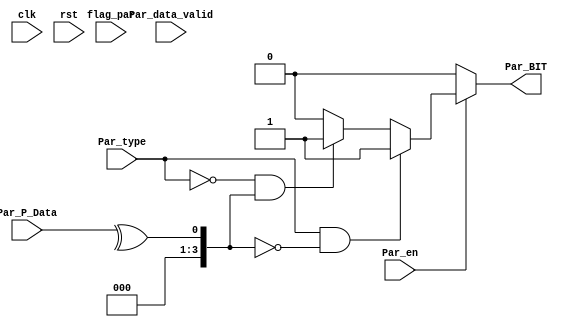
module UART_TX_parity_Calc #(
    parameter DATA_WIDTH_PARITY = 8
) (
    input  wire clk,rst,
    input  wire Par_data_valid,
    input  wire Par_en,
    input  wire Par_type,
    input  wire [DATA_WIDTH_PARITY - 1 : 0] Par_P_Data,
    input  wire flag_par, // Flag to Avoid input new data when sending frame
    output reg  Par_BIT
);

integer i;
reg [3 : 0] XOR_DATA ;
reg [DATA_WIDTH_PARITY - 1 : 0] parity_DATA; 

always @(posedge clk or negedge rst) begin
    if (!rst) begin
      parity_DATA <= 'b0;
    end
    else begin
      if(Par_data_valid && flag_par) begin
        parity_DATA <= Par_P_Data;
      end
    end  
end

always @(*) begin
    if (Par_en) begin
       /* Check parity: IF XOR DATA = 0 then number is even 
                      : IF XOR DATA = 1 then number is odd */
       XOR_DATA = ^Par_P_Data;
       
        // Calc Odd Parity  
        if ( Par_type && !XOR_DATA ) begin
            Par_BIT    = 1'b1;
        end 
        // Calc Even Parity 
        else if ( !Par_type && XOR_DATA) begin
            Par_BIT    = 1'b1;
            end
        else begin
            Par_BIT    = 1'b0;
        end
    end
    else begin
        XOR_DATA   = 'b0;
        Par_BIT    = 1'b0;
    end

end


endmodule